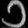
Digit: ၁